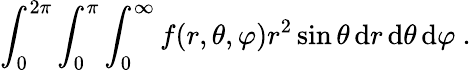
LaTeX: \int_{0}^{2\pi}\int_{0}^{\pi}\int_{0}^{\infty}f(r,\theta,\varphi)r^{2}\sin\theta\, \mathrm{d}r\, \mathrm{d}\theta\, \mathrm{d}\varphi~.